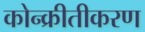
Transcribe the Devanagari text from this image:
कोन्क्रीतीकरण